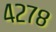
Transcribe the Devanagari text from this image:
४२७८